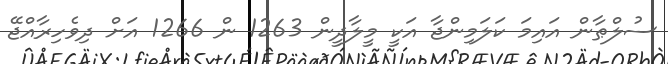
ސުލްޠާން އައިމަ ކަލަމިންޖާ އަކީ މީލާދީން 1263 ން 1266 އަށް ދިވެހިރާއްޖޭ